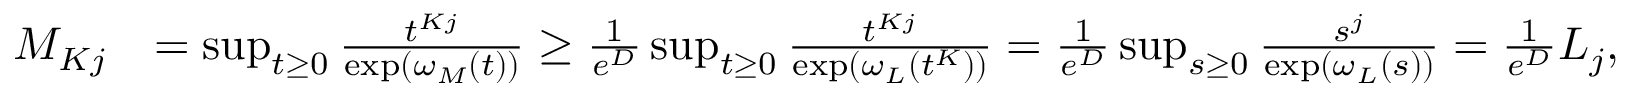
\begin{array} { r l } { M _ { K j } } & { = \operatorname* { s u p } _ { t \ge 0 } \frac { t ^ { K j } } { \exp ( \omega _ { M } ( t ) ) } \ge \frac { 1 } { e ^ { D } } \operatorname* { s u p } _ { t \ge 0 } \frac { t ^ { K j } } { \exp ( \omega _ { L } ( t ^ { K } ) ) } = \frac { 1 } { e ^ { D } } \operatorname* { s u p } _ { s \ge 0 } \frac { s ^ { j } } { \exp ( \omega _ { L } ( s ) ) } = \frac { 1 } { e ^ { D } } L _ { j } , } \end{array}